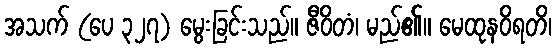
အသက် (ပေ ၃၂၇) မွေးခြင်းသည်။ ဇီဝိတံ၊ မည်၏။ မေထုနဝိရတိ၊